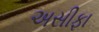
અસીફા